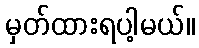
မှတ်ထားရပါ့မယ်။